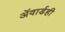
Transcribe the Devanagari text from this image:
ॲवार्डही